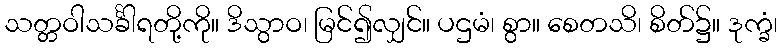
သတ္တဝါသင်္ခါရတို့ကို။ ဒိသွာဝ၊ မြင်၍လျှင်။ ပဌမံ၊ စွာ။ စေတသိ၊ စိတ်၌။ ဒုက္ခံ၊